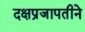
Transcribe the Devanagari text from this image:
दक्षप्रजापतीने